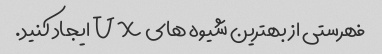
فهرستی از بهترین شیوه های UX ایجاد کنید.